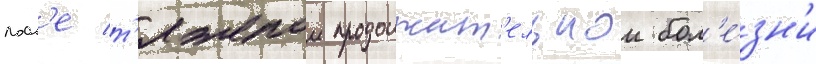
посл'е т'яжелои продолжит'ельнои бол'е́зн'и